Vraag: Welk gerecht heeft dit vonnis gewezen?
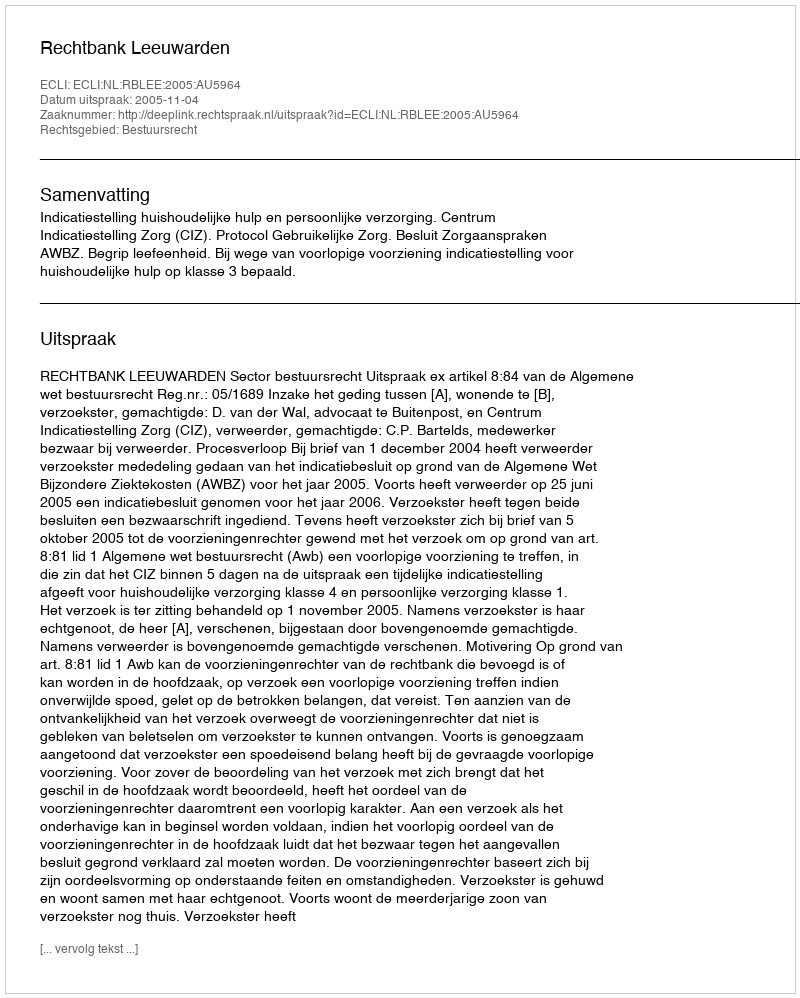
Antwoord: Rechtbank Leeuwarden